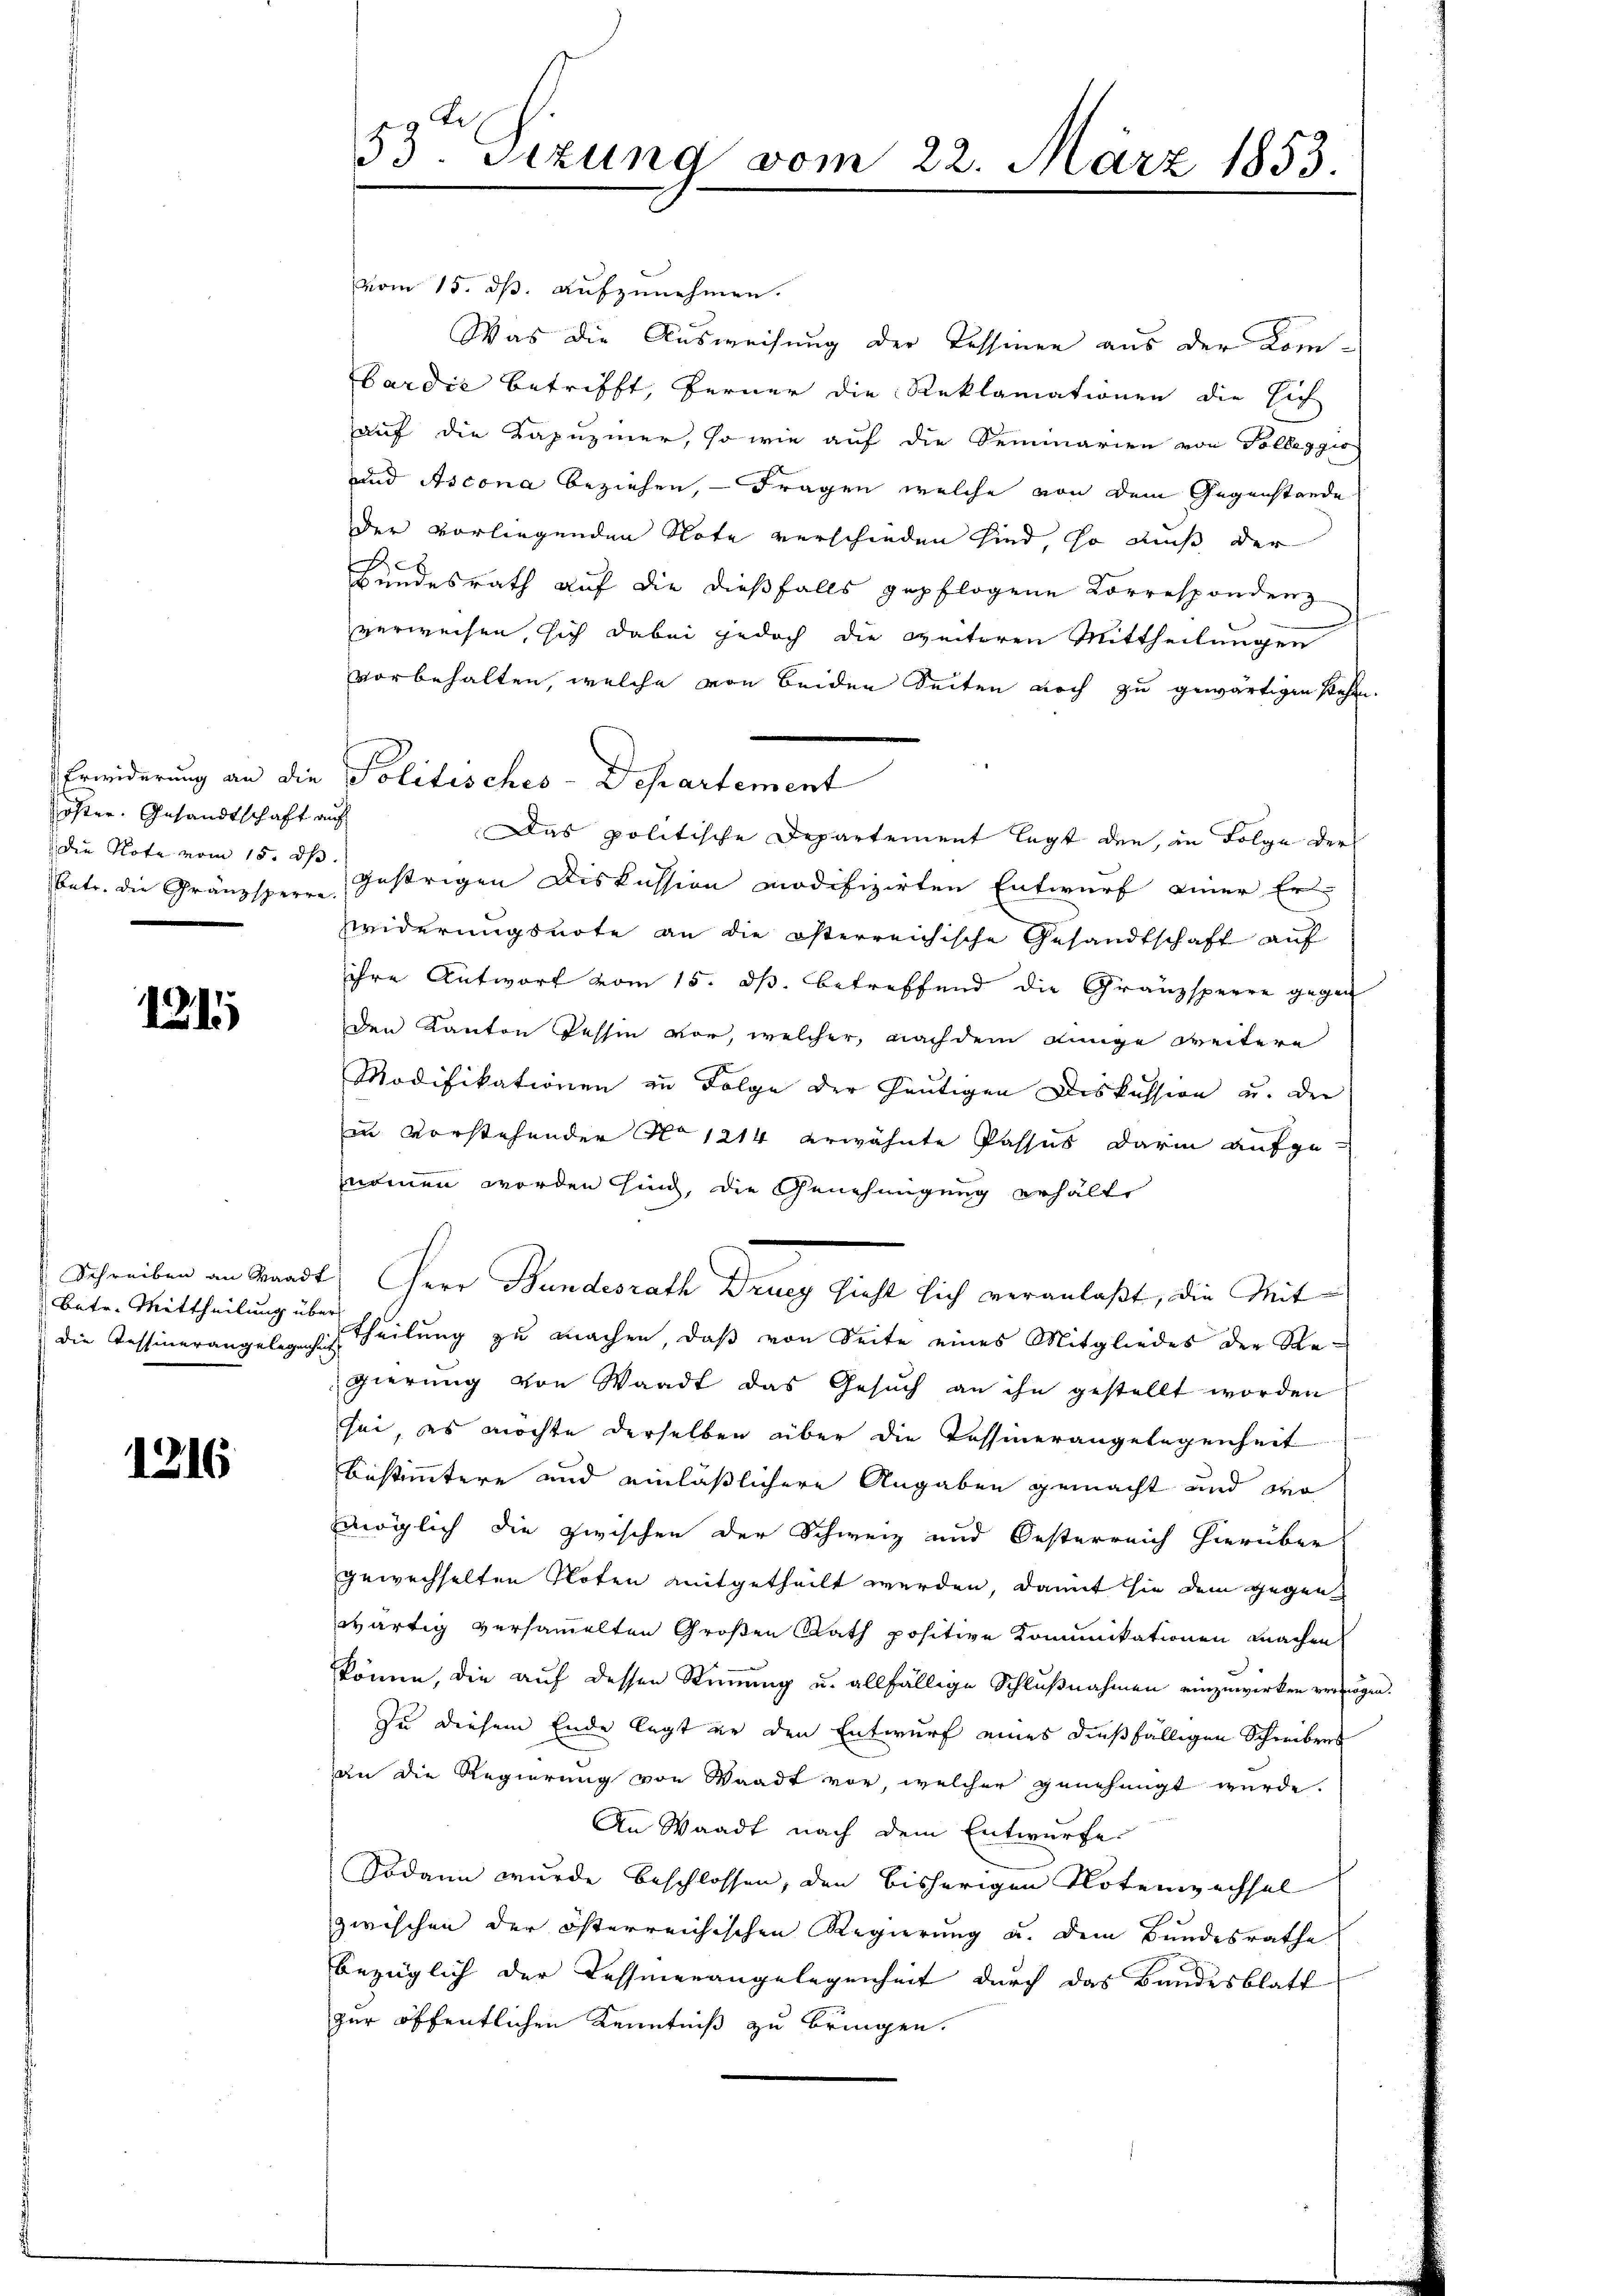
öster. Gesandtschaft auf
die Note vom 15. d.

121

betr. Mittheilung über

1216

53. Sitzung vom 22. März 1853.

vom 15. ds. aufzunehmen.
Was die Ausweisung der Tessinen aus der Kombardie betrifft, ferner die Reklamationen die sich
auf die Kapuziner, so wie auf die Seminarien von Volleggio
und Ascona beziehen, — Fragen welche von dem Gegenstande
der vorliegenden Note verschieden sind, so dieß der
Bundesrath auf die dießfalls gepflogene Korrespondenz
verweisen, sich dabei jedoch die weiteren Mittheilungen
vorbehalten, welche von beiden Seiten noch zu gewärtigen stehen.
Erwiderung an die Politisches-Departement
Das politische Departement legt den, in Folge der
betr. die Gränzspern gestrigen Diskussion modifizirten Entwurf einer Er-
zwiderungsnote an die österreichische Gesandtschaft auf
ihre Antwort vom 15. ds. betreffend die Gränzsperre gegen
den Kanton Tessin vor, welcher, nach dem einige weitere
Modifikationen zu Folge der heutigen Diskussion u. der
in vorstehender No 1214 erwähnte Passus darin aufgenomen worden sind, die Genehmigung erhälte
Schreiben an Waadt Herr Bundesrath Drucy hieht sich veranlaßt, die Mitdie Tessinerangelegens Teilung zu machen, daß von Seite eines Mitgliedes der Regierung von Waadt das Gesuch an ihn gestellt worden
sei, es möchte derselben über die Tessinerangelegenheit
bestimmtere und einläßlichere Angaben gemacht und wo
möglich die zwischen der Schweiz und Oesterreich hierüber
gewechselten Noten mitgetheilt werden, damit sie dem gegen
wärtig versammelten Großen Rath positive Komunikationen machen
könne, die aŭf dessen Stimmung u. allfällige Schlŭβnahmen einzuwirken vermögen.
Zu diesem Ende legt er den Entwurf eines dießfälligen Schreibens
an die Regierung von Waadt vor, welcher genehmigt wurde.
An Waadt nach dem Entwurfe
Sodann wurde beschlossen, den bisherigen Notenzechsel
zwischen der österreichischen Regierung u. dem Bundesrathe
bezüglich der Tessierangelegenheit durch das Bandesblatt
zur öffentlichen Kenntniß zu bringen.